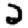
Digit: 2